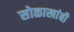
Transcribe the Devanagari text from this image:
सोळाखांबी